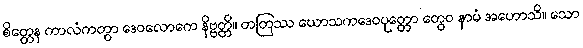
စိတ္တေန ကာလံကတွာ ဒေဝလောကေ နိဗ္ဗတ္တိ။ တတြဿ ဃောသကဒေဝပုတ္တော တွေဝ နာမံ အဟောသိ။ သော